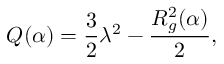
Q ( \alpha ) = \frac { 3 } { 2 } \lambda ^ { 2 } - \frac { R _ { g } ^ { 2 } ( \alpha ) } { 2 } ,